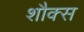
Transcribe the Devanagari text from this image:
शौक्स